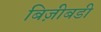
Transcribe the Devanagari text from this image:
बिज़ीबडी